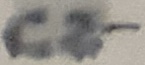
Text: C2-